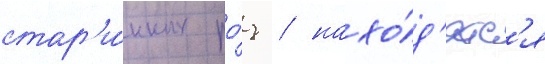
стар'и́нных ро́з / нахо́д'ятс'я